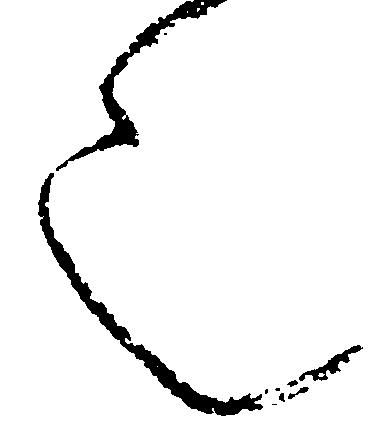
也